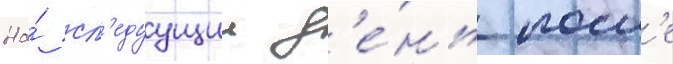
На́ сл'едуущии д'е́нь посл'е